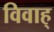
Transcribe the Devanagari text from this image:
विवाह्